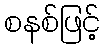
စနစ်ဖြင့်